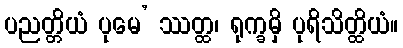
ပညတ္တိယံ ပုမေ’ ဿတ္ထ၊ ရုက္ခမှိ ပုရိသိတ္ထိယံ။